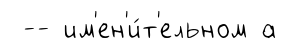
-- им'ен'и́т'ельном а